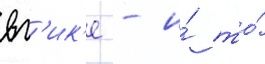
вг'ик'е - и́ то́